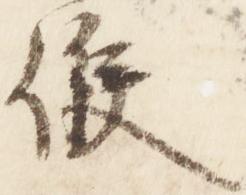
候